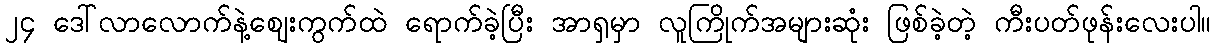
၂၄ ဒေါ်လာလောက်နဲ့ဈေးကွက်ထဲ ရောက်ခဲ့ပြီး အာရှမှာ လူကြိုက်အများဆုံး ဖြစ်ခဲ့တဲ့ ကီးပတ်ဖုန်းလေးပါ။